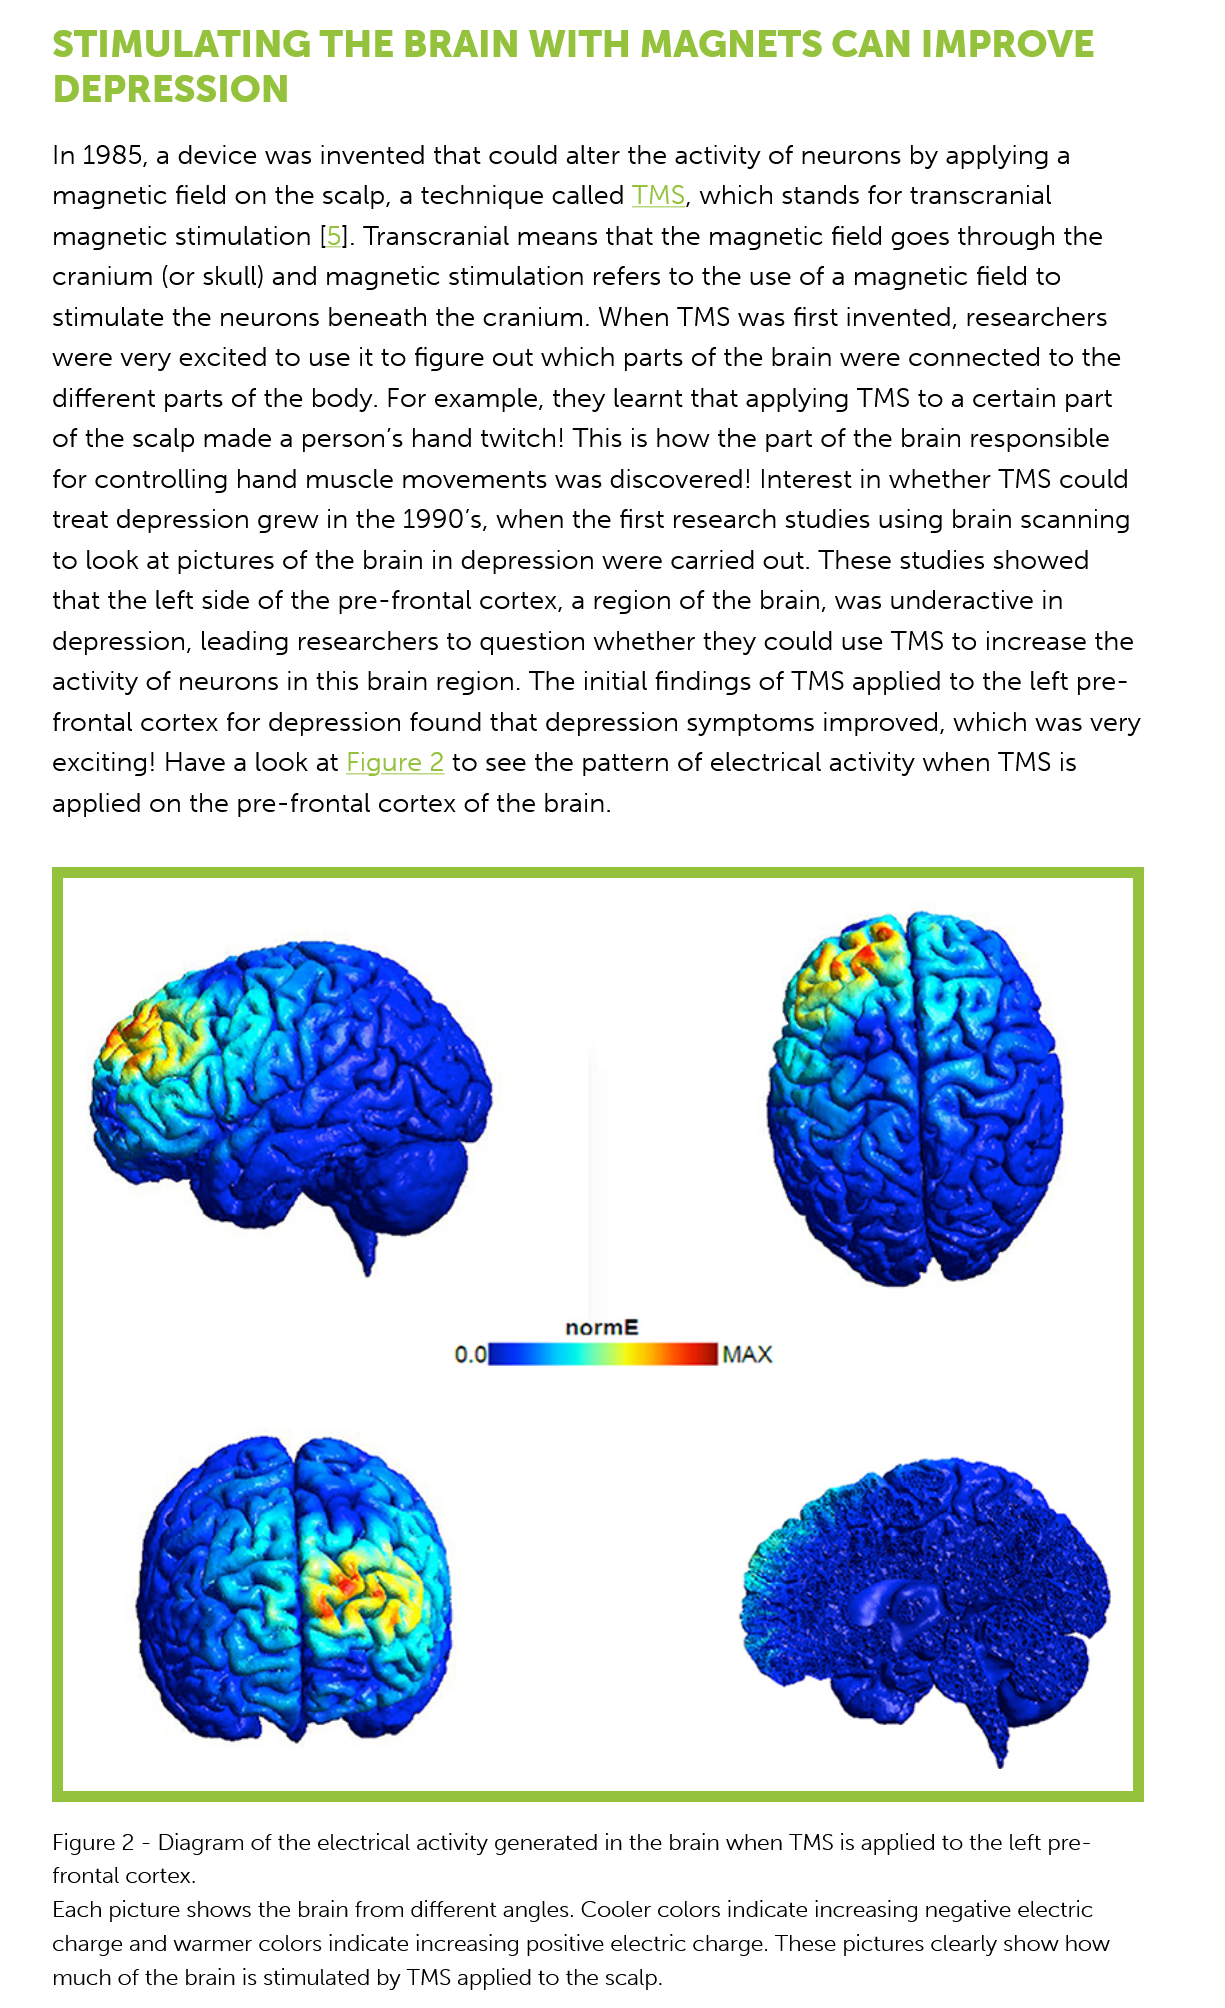
STIMULATING    THE    BRAIN    WITH    MAGNETS    CAN    IMPROVE
     DEPRESSION
     In 1985, a device was  invented  that could  alter the activity of neurons by applying a
     magnetic   field on the scalp, a technique called TMS,  which  stands  for transcranial
     magnetic   stimulation [5]. Transcranial means  that the magnetic   field goes through  the
     cranium   (or skull) and magnetic stimulation  refers to the use of a magnetic  field to
     stimulate the  neurons  beneath  the cranium.  When   TMS was  first invented, researchers
     were very  excited to use it to figure out which parts of the  brain were connected to   the
     different parts of the body. For example,  they  learnt that applying TMS  to a certain part
     of the scalp made   a person's hand  twitch! This is how  the part of the brain responsible
     for controlling hand  muscle  movements    was discovered!   Interest in whether TMS  could
     treat depression  grew  in the 1990's, when the first research  studies using brain scanning
     to look at pictures of the brain in depression  were  carried out. These  studies showed
     that the left side of the pre-frontal cortex, a region of the brain, was underactive  in
     depression,  leading researchers  to question  whether   they could  use TMS to  increase the
     activity of neurons in this brain region. The initial findings of TMS applied to the left pre-
     frontal cortex for depression  found  that depression  symptoms  improved,    which  was ver)
     exciting! Have  a look at Figure
    2
     to see the pattern of electrical activity when TMS is
     applied  on the pre-frontal cortex  of the brain.

     normE
     a    ix 0.08
     Figure 2
     -
     Diagram of the electrical activity generated in the brain when TMS is applied to the left pre-
     frontal cortex.
     Each picture shows the brain from different angles. Cooler colors indicate increasing negative electric
     charge and warmer colors indicate increasing positive electric charge. These pictures clearly show how
     much of the brain is stimulated by TMS applied to the scalp.